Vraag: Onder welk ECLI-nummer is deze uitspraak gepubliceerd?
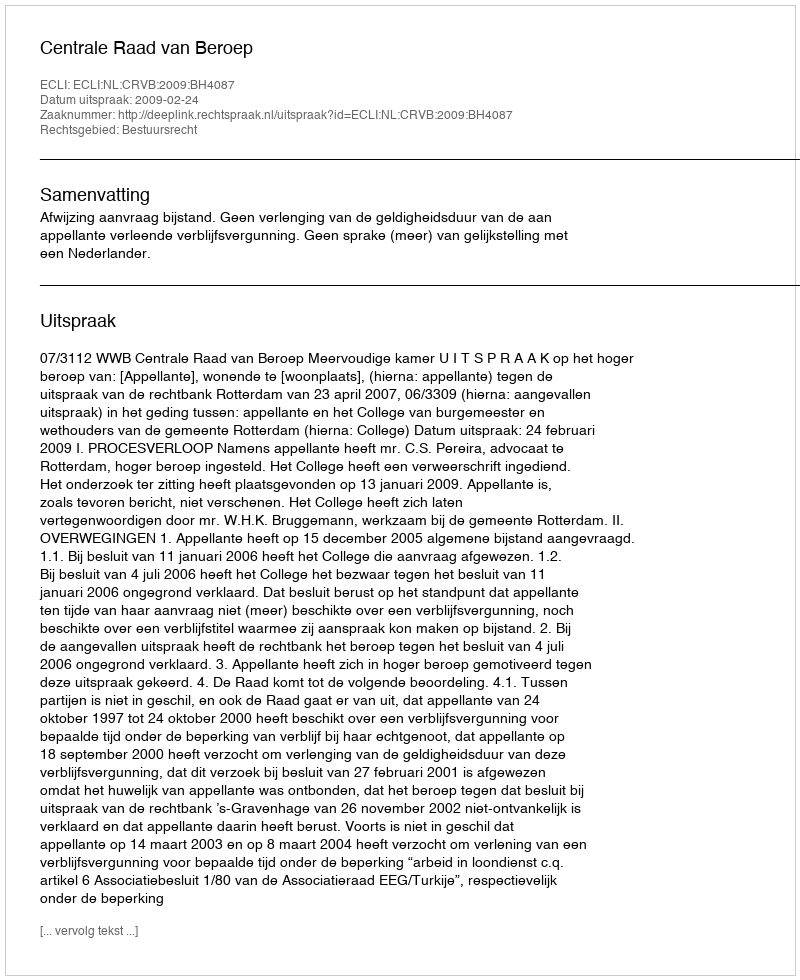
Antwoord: ECLI:NL:CRVB:2009:BH4087